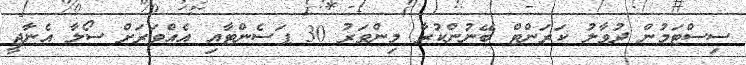
ސިސްޓަމުން ދުވާލު ކަރަންޓް ބޭނުންކުރާ މިންވަރު 30 ޕަސެންޓާއި އެއްވަރަށް ސޯލާ އެނާޖީ